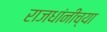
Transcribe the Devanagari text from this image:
राजधांनीच्या